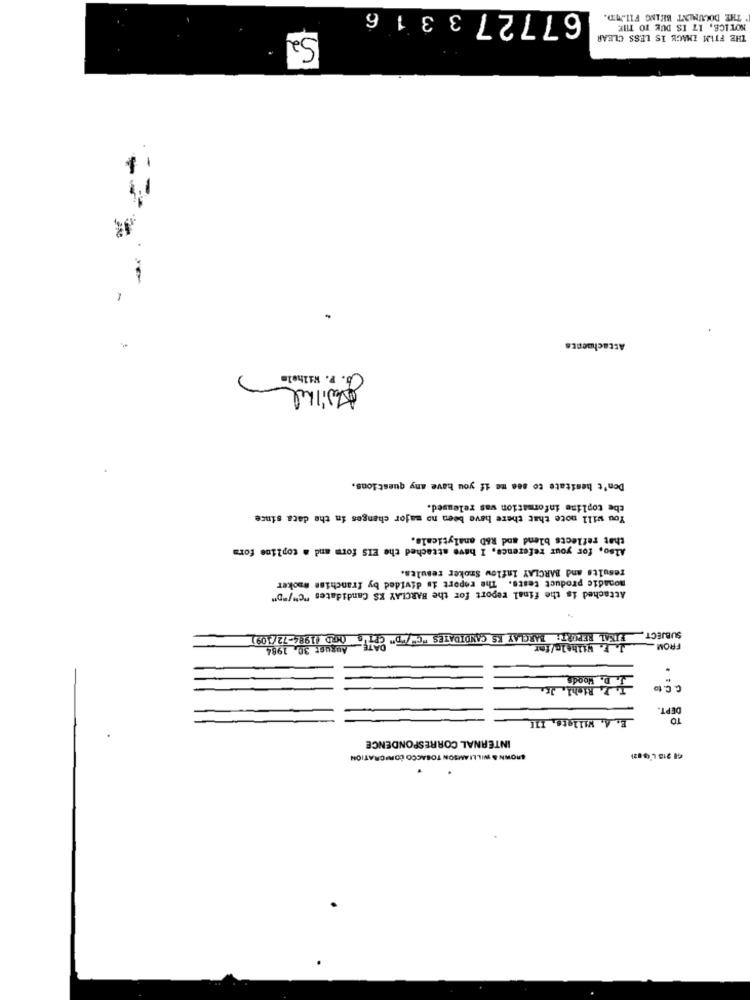
677273316
THE DOCUMENT BEING FILMD.
NOTICE, IT IS DUE TO THE
S2
THE FILM IMAGE IS LESS CLEAR
-
Attachments
b. P. Wilhelm
Awilhel
Don't hesitate to see me if you have any questions.
the topline information was released.
You will note that there have been no major changes in the data since
that reflects blend and R&D analyticals.
Also, for your reference, I have attached the EIS form and = topline form
results and BARCLAY Inflow Smoker results.
monadic product tests. The report is divided by franchise @poker
Attached is the final report for the BARCLAY KS Candidates "C"/"D"
WARD (1984-72/109
DIKAL REPORT: BARCLAY KS CANDIDATES "CHED" CATA
SUBJECT.
August 30, 1984
J. F. Wilhelm/far
FROM
D. Woods
To Z Richl. J.
C. C. to
DEPT.
E. A. Willats, III
TO
INTERNAL CORRESPONDENCE
SHOWN & WILLIAMSON TOBACCO CORICRATION
#8 213 L'G 821
.